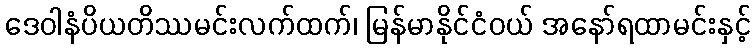
ဒေဝါနံပိယတိဿမင်းလက်ထက်၊ မြန်မာနိုင်ငံဝယ် အနော်ရထာမင်းနှင့်